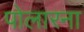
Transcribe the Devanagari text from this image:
पोलारना